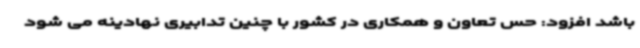
باشد افزود: حس تعاون و همکاری در کشور با چنین تدابیری نهادینه می شود